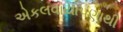
એકલવાયાપણાથી